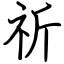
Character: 祈